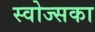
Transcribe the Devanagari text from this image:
स्वोज्सका